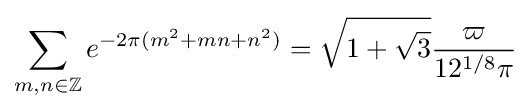
\sum _{m,n\in \mathbb {Z} }e^{-2\pi (m^{2}+mn+n^{2})}={\sqrt {1+{\sqrt {3}}}}{\dfrac {\varpi }{12^{1/8}\pi }}